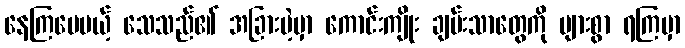
နေကြပေမယ့် သေသည်၏ အခြားမဲ့မှာ ကောင်းကျိုး ချမ်းသာတွေကို များစွာ ရကြမှာ